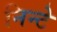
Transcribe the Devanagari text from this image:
निन्टे